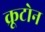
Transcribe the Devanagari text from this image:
क्रूटोन